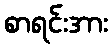
စာရင်းအား